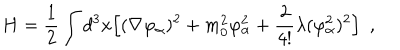
H = { \frac { 1 } { 2 } } \int d ^ { 3 } x \Bigl [ ( \nabla \varphi _ { \alpha } ) ^ { 2 } + m _ { 0 } ^ { 2 } \varphi _ { \alpha } ^ { 2 } + { \frac { 2 } { 4 ! } } \lambda ( \varphi _ { \alpha } ^ { 2 } ) ^ { 2 } \Bigr ] \ \ ,